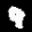
Label: 9